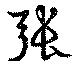
張